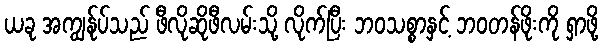
ယခု အကျွန်ုပ်သည် ဖီလိုဆိုဖီလမ်းသို့ လိုက်ပြီး ဘဝသစ္စာနှင့် ဘဝတန်ဖိုးကို ရှာဖို့